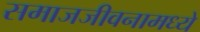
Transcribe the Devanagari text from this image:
समाजजीवनामध्ये